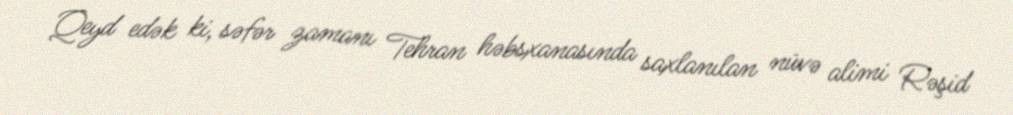
Qeyd edək ki, səfər zamanı Tehran həbsxanasında saxlanılan nüvə alimi Rəşid